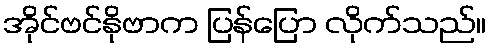
အိုင်ဗင်နိုဗာက ပြန်ပြော လိုက်သည်။